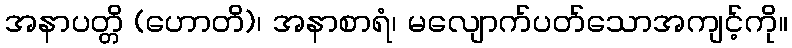
အနာပတ္တိ (ဟောတိ)၊ အနာစာရံ၊ မလျောက်ပတ်သောအကျင့်ကို။